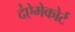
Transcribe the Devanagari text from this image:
द॑ऐमेकोर्ट